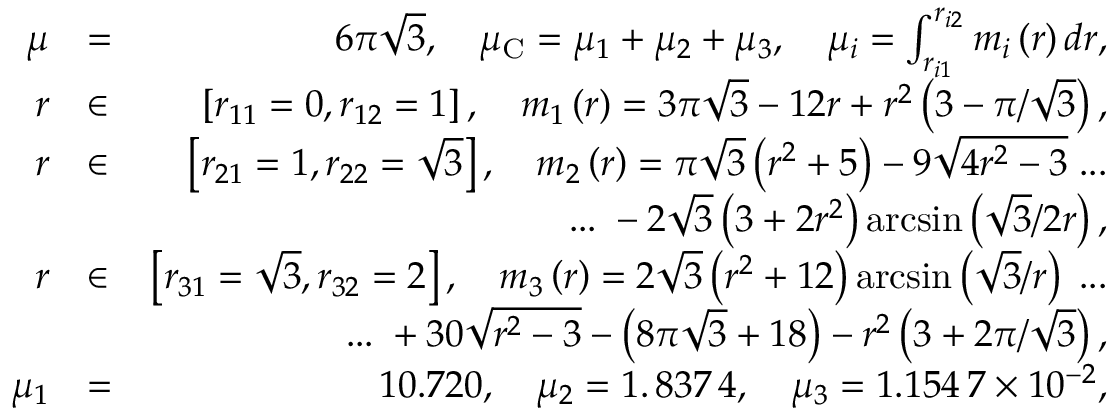
\begin{array} { r l r } { \mu } & { = } & { 6 \pi \sqrt { 3 } , \quad \mu _ { \mathrm { C } } = \mu _ { 1 } + \mu _ { 2 } + \mu _ { 3 } , \quad \mu _ { i } = \int _ { r _ { i 1 } } ^ { r _ { i 2 } } m _ { i } \left( r \right) d r , } \\ { r } & { \in } & { \left[ r _ { 1 1 } = 0 , r _ { 1 2 } = 1 \right] , \quad m _ { 1 } \left( r \right) = 3 \pi \sqrt { 3 } - 1 2 r + r ^ { 2 } \left( 3 - \pi / \sqrt { 3 } \right) , } \\ { r } & { \in } & { \left[ r _ { 2 1 } = 1 , r _ { 2 2 } = \sqrt { 3 } \right] , \quad m _ { 2 } \left( r \right) = \pi \sqrt { 3 } \left( r ^ { 2 } + 5 \right) - 9 \sqrt { 4 r ^ { 2 } - 3 } \; . . . } \\ & { } & { \quad \quad . . . \; - 2 \sqrt { 3 } \left( 3 + 2 r ^ { 2 } \right) \arcsin \left( \sqrt { 3 } / 2 r \right) , } \\ { r } & { \in } & { \left[ r _ { 3 1 } = \sqrt { 3 } , r _ { 3 2 } = 2 \right] , \quad m _ { 3 } \left( r \right) = 2 \sqrt { 3 } \left( r ^ { 2 } + 1 2 \right) \arcsin \left( \sqrt { 3 } / r \right) \; . . . } \\ & { } & { \quad \quad . . . \; + 3 0 \sqrt { r ^ { 2 } - 3 } - \left( 8 \pi \sqrt { 3 } + 1 8 \right) - r ^ { 2 } \left( 3 + 2 \pi / \sqrt { 3 } \right) , } \\ { \mu _ { 1 } } & { = } & { 1 0 . 7 2 0 , \quad \mu _ { 2 } = 1 . \, 8 3 7 \, 4 , \quad \mu _ { 3 } = 1 . 1 5 4 \, 7 \times 1 0 ^ { - 2 } , } \end{array}